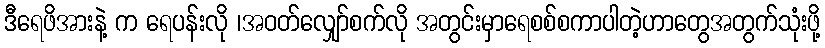
ဒီရေဖိအားနဲ့ က ရေပန်းလို ၊အဝတ်လျှော်စက်လို အတွင်းမှာရေစစ်စကာပါတဲ့ဟာတွေအတွက်သုံးဖို့